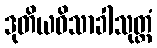
ဒုတိယဝိသာခါသုတ္တံ